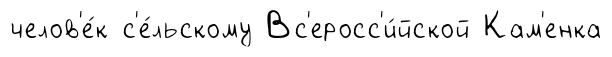
челов'е́к с'е́льскому Вс'еросс'и́йской Кам'енка